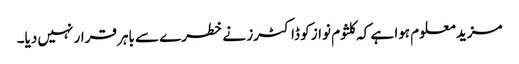
مزید معلوم ہوا ہے کہ کلثوم نواز کو ڈاکٹرز نے خطرے سے باہر قرار نہیں دیا۔